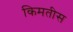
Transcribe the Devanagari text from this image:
किमतीस